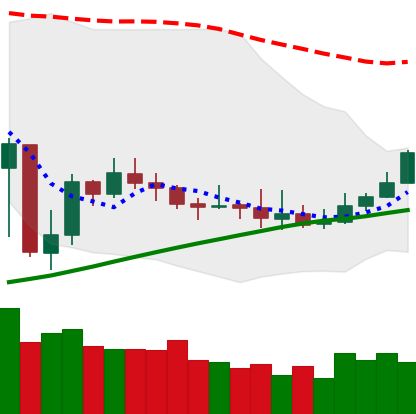
Ticker: XMR-USD
Chart end date: 2019-08-03
Forward return: 7.893%
Label: up_7plus